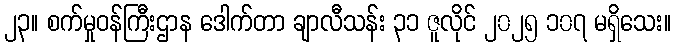
၂၃။ စက်မှုဝန်ကြီးဌာန ဒေါက်တာ ချာလီသန်း ၃၁ ဇူလိုင် ၂၀၂၅ ၁၀၇ မရှိသေး။